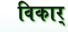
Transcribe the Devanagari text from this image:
विकार्